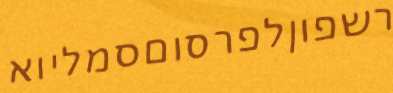
רשפוןלפרסוםסמליוא